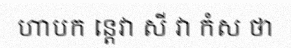
ហាបក ន្តេវា សី វា កំស ថា